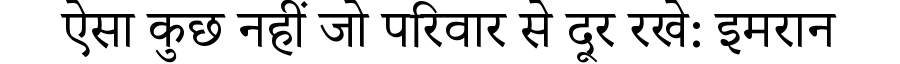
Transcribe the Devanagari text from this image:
ऐसा कुछ नहीं जो परिवार से दूर रखे: इमरान